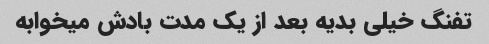
تفنگ خیلی بدیه بعد از یک مدت بادش میخوابه